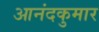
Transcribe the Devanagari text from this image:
आनंदकुमार